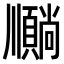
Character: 𫖦